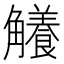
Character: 𧥐